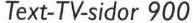
Text-TV-sidor 900